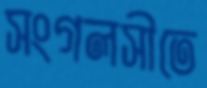
সংগলসীতে